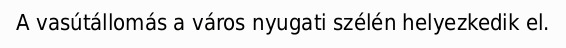
A vasútállomás a város nyugati szélén helyezkedik el.